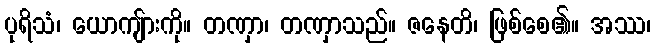
ပုရိသံ၊ ယောကျ်ားကို။ တဏှာ၊ တဏှာသည်။ ဇနေတိ၊ ဖြစ်စေ၏။ အဿ၊